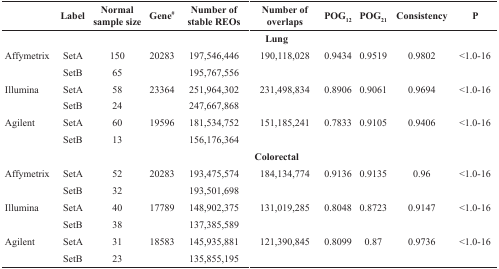
<table><thead><tr><td></td><td><b>Label</b></td><td><b>Normal sample size</b></td><td><b>Gene<sup>#</sup></b></td><td><b>Number of stable REOs</b></td><td><b>Number of overlaps</b></td><td><b>POG<sub>12</sub></b></td><td><b>POG<sub>21</sub></b></td><td><b>Consistency</b></td><td><b>P</b></td></tr></thead><tbody><tr><td colspan="10"><b>Lung</b></td></tr><tr><td>Affymetrix</td><td>SetA</td><td>150</td><td>20283</td><td>197,546,446</td><td>190,118,028</td><td>0.9434</td><td>0.9519</td><td>0.9802</td><td>&lt;1.0-16</td></tr><tr><td></td><td>SetB</td><td>65</td><td></td><td>195,767,556</td><td></td><td></td><td></td><td></td><td></td></tr><tr><td>Illumina</td><td>SetA</td><td>58</td><td>23364</td><td>251,964,302</td><td>231,498,834</td><td>0.8906</td><td>0.9061</td><td>0.9694</td><td>&lt;1.0-16</td></tr><tr><td></td><td>SetB</td><td>24</td><td></td><td>247,667,868</td><td></td><td></td><td></td><td></td><td></td></tr><tr><td>Agilent</td><td>SetA</td><td>60</td><td>19596</td><td>181,534,752</td><td>151,185,241</td><td>0.7833</td><td>0.9105</td><td>0.9406</td><td>&lt;1.0-16</td></tr><tr><td></td><td>SetB</td><td>13</td><td></td><td>156,176,364</td><td></td><td></td><td></td><td></td><td></td></tr><tr><td colspan="10"><b>Colorectal</b></td></tr><tr><td>Affymetrix</td><td>SetA</td><td>52</td><td>20283</td><td>193,475,574</td><td>184,134,774</td><td>0.9136</td><td>0.9135</td><td>0.96</td><td>&lt;1.0-16</td></tr><tr><td></td><td>SetB</td><td>32</td><td></td><td>193,501,698</td><td></td><td></td><td></td><td></td><td></td></tr><tr><td>Illumina</td><td>SetA</td><td>40</td><td>17789</td><td>148,902,375</td><td>131,019,285</td><td>0.8048</td><td>0.8723</td><td>0.9147</td><td>&lt;1.0-16</td></tr><tr><td></td><td>SetB</td><td>38</td><td></td><td>137,385,589</td><td></td><td></td><td></td><td></td><td></td></tr><tr><td>Agilent</td><td>SetA</td><td>31</td><td>18583</td><td>145,935,881</td><td>121,390,845</td><td>0.8099</td><td>0.87</td><td>0.9736</td><td>&lt;1.0-16</td></tr><tr><td></td><td>SetB</td><td>23</td><td></td><td>135,855,195</td><td></td><td></td><td></td><td></td><td></td></tr></tbody></table>